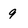
Character: 9